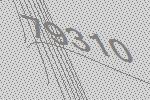
79310